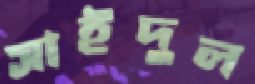
সাইদুল